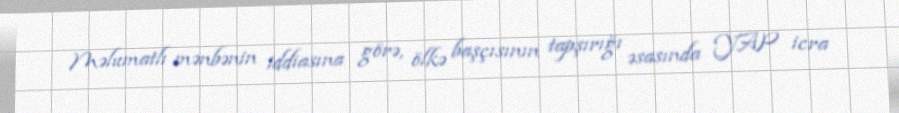
Məlumatlı mənbənin iddiasına görə, ölkə başçısının tapşırığı əsasında YAP icra